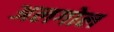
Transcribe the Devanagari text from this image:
अलगोल